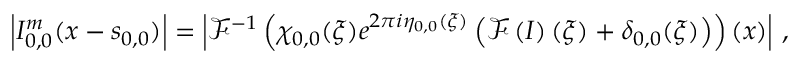
\left\vert I _ { 0 , 0 } ^ { m } ( \boldsymbol { x } - \boldsymbol { s } _ { 0 , 0 } ) \right\vert = \left\vert \mathcal { F } ^ { - 1 } \left( \chi _ { 0 , 0 } ( \boldsymbol { \xi } ) e ^ { 2 \pi i \eta _ { 0 , 0 } ( \boldsymbol { \xi } ) } \left( \mathcal { F } \left( I \right) ( \boldsymbol { \xi } ) + \delta _ { 0 , 0 } ( \boldsymbol { \xi } ) \right) \right) ( \boldsymbol { x } ) \right\vert \, ,